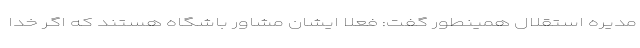
مدیره استقلال همینطور گفت: فعلا ایشان مشاور باشگاه هستند که اگر خدا